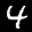
Label: 4